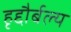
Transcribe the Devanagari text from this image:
हृद्दौर्बल्य